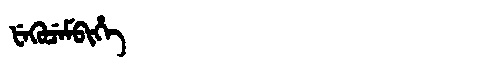
Manchu: ᡶᡝᡴᡠᠴᡝᠮᠪᡳᡥᡝ
Romanization: FEKUCEMBIHE